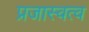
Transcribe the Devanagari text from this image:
प्रजास्वत्व